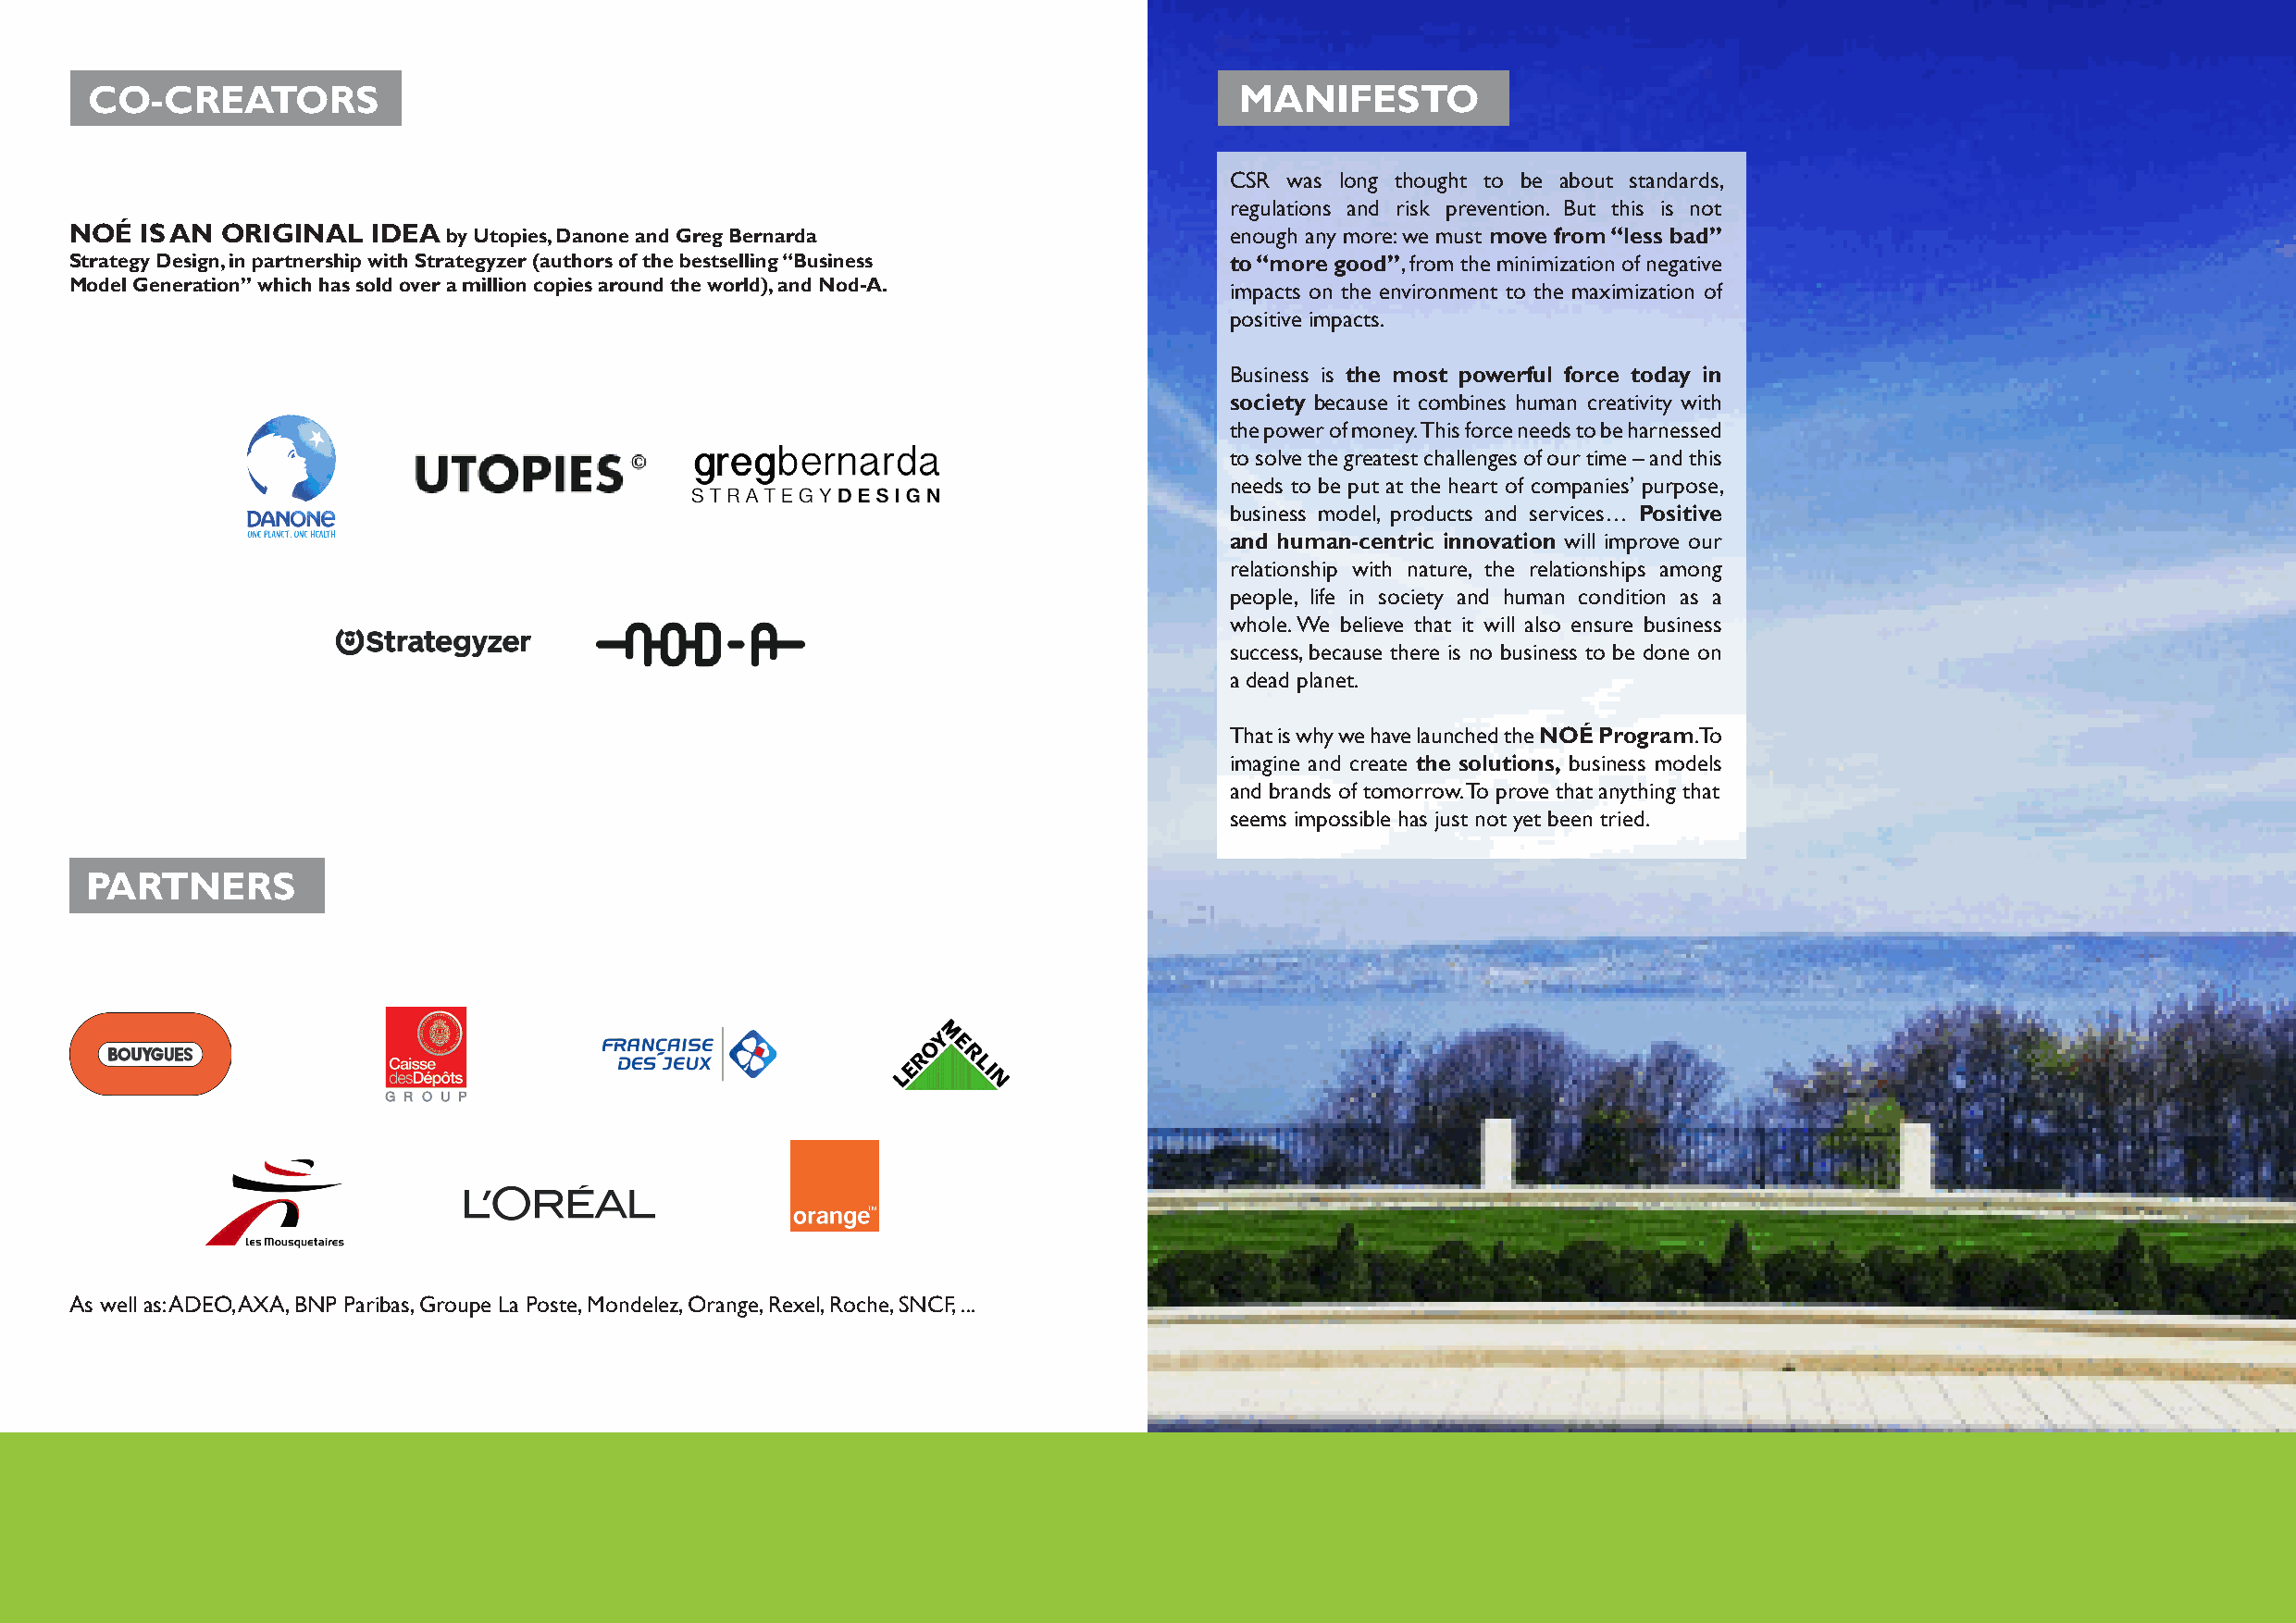
CO-CREATORS                                                                        MANIFESTO
 CSR was long thought to be about standards,
 regulations and risk prevention. But this is not
 NOÉ  IS AN ORIGINAL   IDEA by Utopies, Danone and Greg Bernarda                    enough any more: we must move from “less bad”
 Strategy Design, in partnership with Strategyzer (authors of the bestselling “Business to “more good”, from the minimization of negative
 Model Generation” which has sold over a million copies around the world), and Nod-A. impacts on the environment to the maximization of
 positive impacts.
 Business is the most powerful force today in
 society because it combines human creativity with
 the power of money. This force needs to be harnessed
 to solve the greatest challenges of our time – and this
 needs to be put at the heart of companies’ purpose,
 business model, products and services… Positive
 and human-centric innovation will improve our
 relationship with nature, the relationships among
 people, life in society and human condition as a
 whole. We believe that it will also ensure business
 success, because there is no business to be done on
 a dead planet.
 That is why we have launched the NOÉ Program. To
 imagine and create the solutions, business models
 and brands of tomorrow. To prove that anything that
 seems impossible has just not yet been tried.
 PARTNERS
 As well as: ADEO, AXA, BNP Paribas, Groupe La Poste, Mondelez, Orange, Rexel, Roche, SNCF, ...